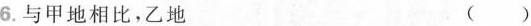
6.与甲地相比，乙地 ()